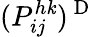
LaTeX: (P_{ij}^{h\mathit{k}})^{\mathrm{{~D~}}}